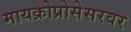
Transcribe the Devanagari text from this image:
मायक्रोप्रोसेसरवर